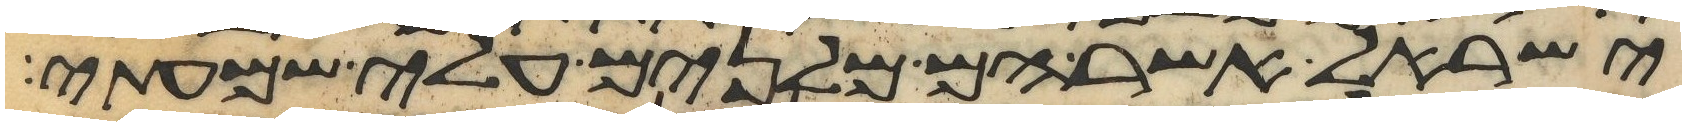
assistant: ישראל אשר הם מלנים עלי שמעתי